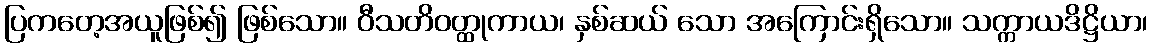
ပြကတေ့အယူဖြစ်၍ ဖြစ်သော။ ဝီသတိဝတ္ထုကာယ၊ နှစ်ဆယ် သော အကြောင်းရှိသော။ သက္ကာယဒိဋ္ဌိယာ၊